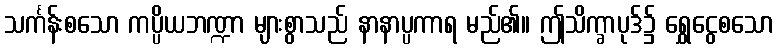
သင်္ကန်းစသော ကပ္ပိယဘဏ္ဍာ များစွာသည် နာနာပ္ပကာရ မည်၏။ ဤသိက္ခာပုဒ်၌ ရွှေငွေစသော